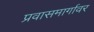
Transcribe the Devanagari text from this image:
प्रवासमार्गावर